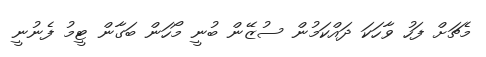
މެޗަށް ފަހު ވާހަކަ ދައްކަމުން ސުޒޭން ބުނީ މޯހަން ބަގާން ޓީމު ފެނުނީ